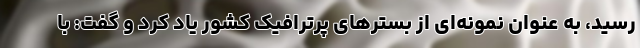
رسید، به عنوان نمونه‌ای از بسترهای پرترافیک کشور یاد کرد و گفت: با